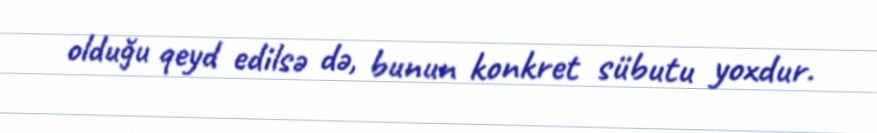
olduğu qeyd edilsə də, bunun konkret sübutu yoxdur.